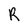
Character: R